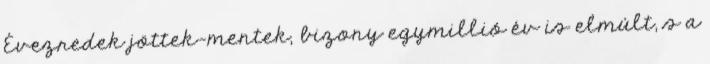
Évezredek jöttek-mentek, bizony egymillió év is elmúlt, s a